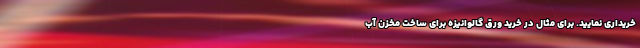
خریداری نمایید. برایِ مثال در خرید ورق گالوانیزه برای ساخت مخزن آب